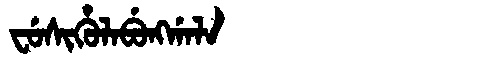
Manchu: ᠸᡠᠰᡳᡥᡠᠯᠠᠪᡠᠩᡤᠠᠯᠠ
Romanization: FUSIHULABUNGGALA